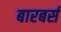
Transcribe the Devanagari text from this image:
बारबर्स